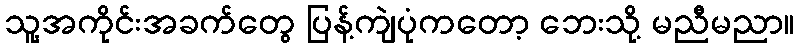
သူ့အကိုင်းအခက်တွေ ပြန့်ကျဲပုံကတော့ ဘေးသို့ မညီမညာ။